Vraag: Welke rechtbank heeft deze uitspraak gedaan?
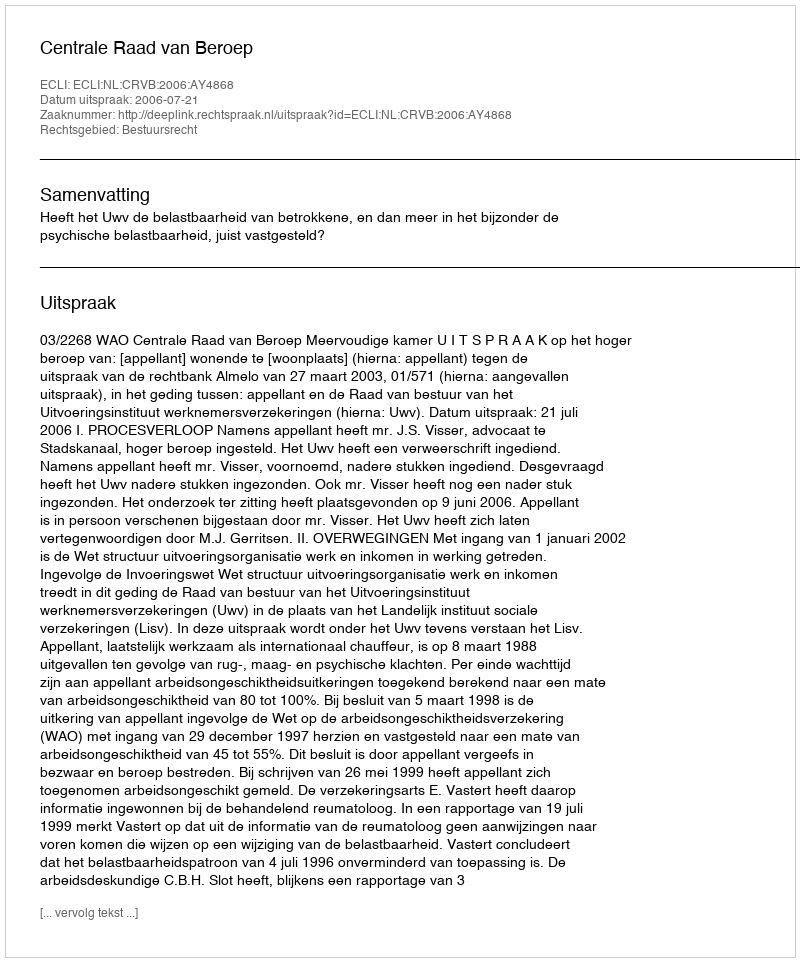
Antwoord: Centrale Raad van Beroep